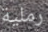
رملية